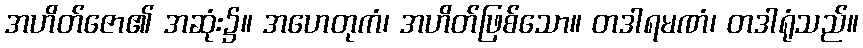
အဟိတ်ဇော၏ အဆုံး၌။ အဟေတုကံ၊ အဟိတ်ဖြစ်သော။ တဒါရမဏံ၊ တဒါရုံသည်။